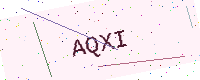
Text: AQXI